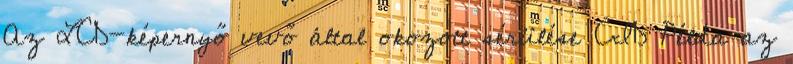
Az LCD-képernyő vevő által okozott sérülése CID Példa az